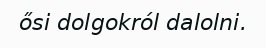
ősi dolgokról dalolni.